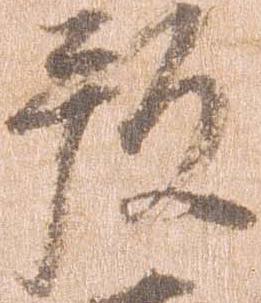
預